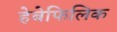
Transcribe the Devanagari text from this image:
हेबेफिलिक